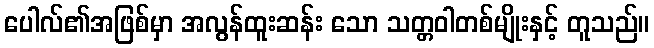
ပေါလ်၏အဖြစ်မှာ အလွန်ထူးဆန်း သော သတ္တဝါတစ်မျိုးနှင့် တူသည်။